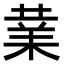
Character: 𭪙